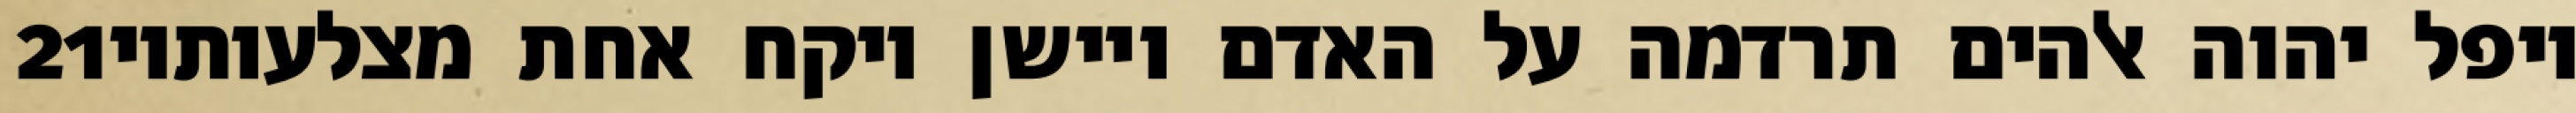
‎21‏ ויפל יהוה אלהים תרדמה על האדם ויישן ויקח אחת מצלעותיו